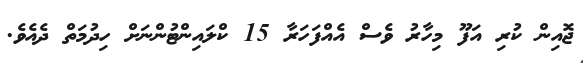
ޖޮއިން ކުރި އަފޫ މިހާރު ވެސް އެއްފަހަރާ 15 ކްލައިންޓުންނަށް ހިދުމަތް ދެއެވެ.